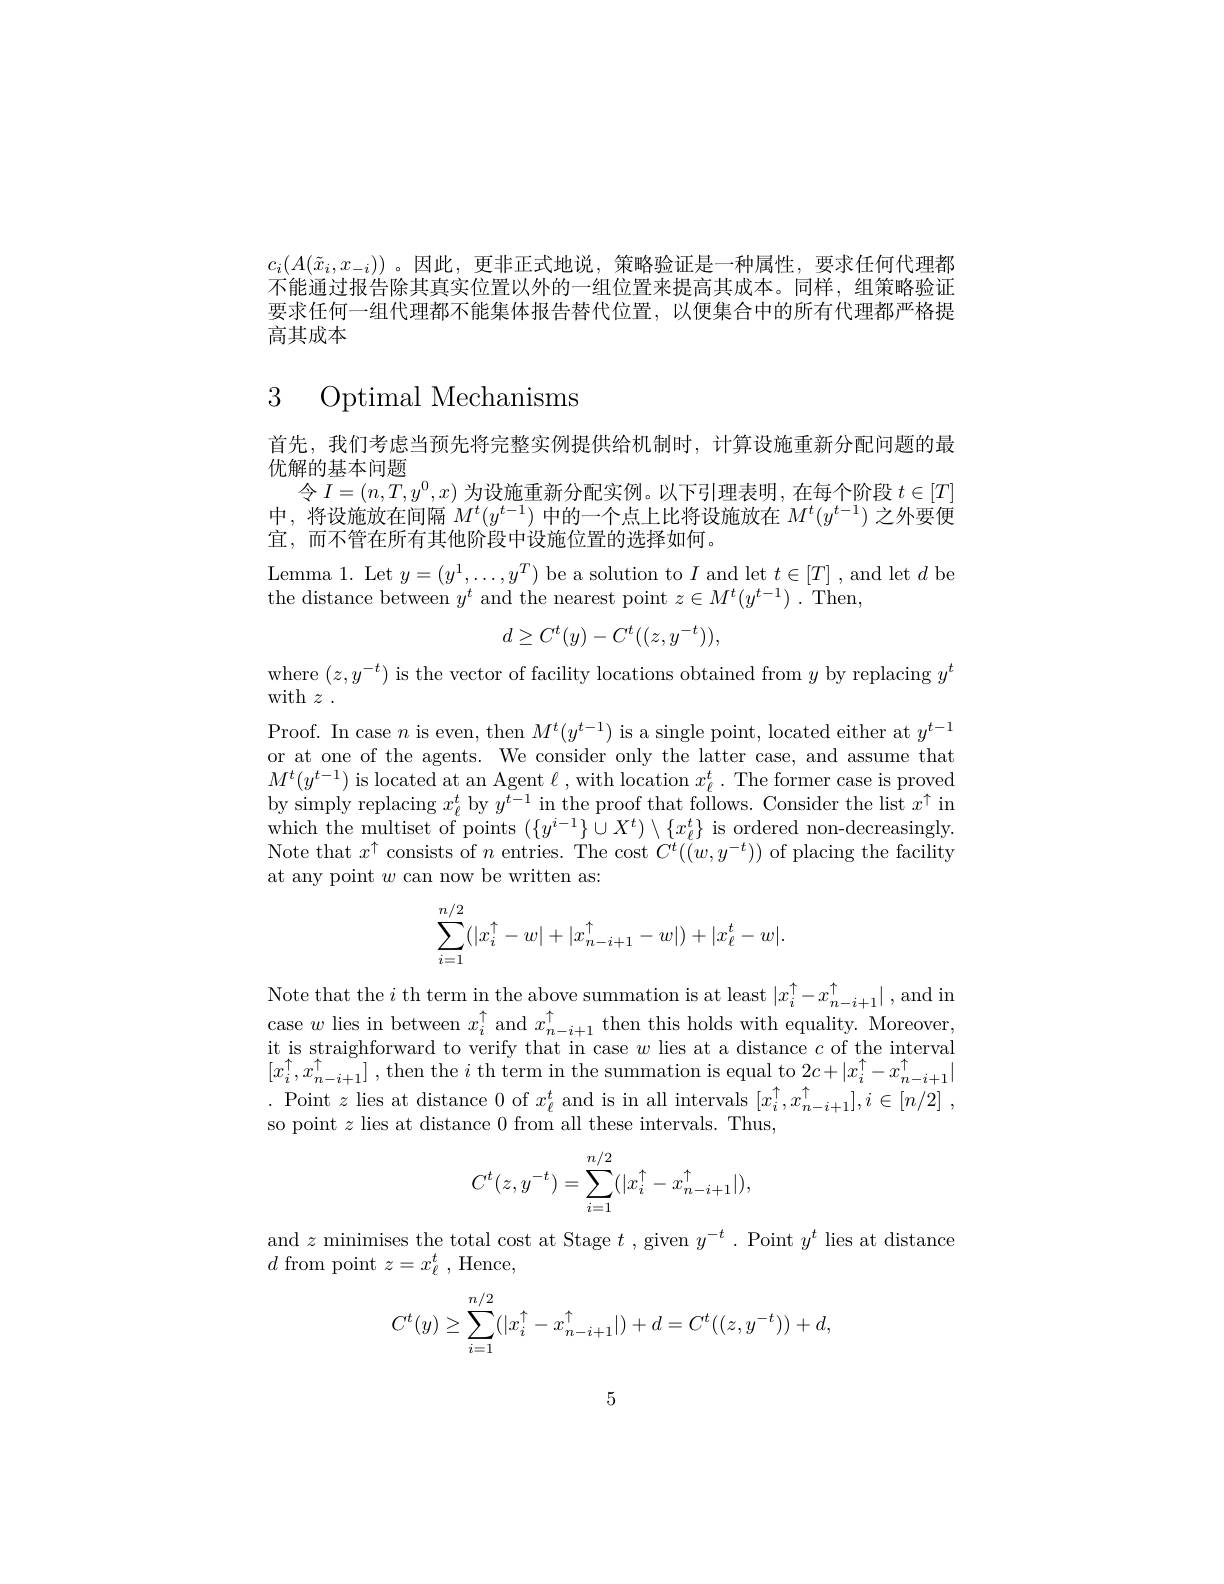
$c_i(A(\tilde{x}_i,x_{-i}))$ 。因此，更非正式地说，策略验证是一种属性，要求任何代理都不能通过报告除其真实位置以外的一组位置来提高其成本。同样，组策略验证要求任何一组代理都不能集体报告替代位置，以便集合中的所有代理都严格提高其成本

3 Optimal Mechanisms

首先，我们考虑当预先将完整实例提供给机制时，计算设施重新分配问题的最
优解的基本问题
令$I=(n,T,y^0,x)$为设施重新分配实例。以下引理表明，在每个阶段$t\in[T]$ 中，将设施放在间隔$M^t(y^{t-1})$中的一个点上比将设施放在$M^t(y^{t-1})$之外要便宜，而不管在所有其他阶段中设施位置的选择如何。
$\begin{array}{l}{\mathrm{Lemma~1.~Let~}y=(y^{1},\ldots,y^{T})~\mathrm{be~a~solution~to~}I~\mathrm{and~let~}t\in[T]~,~\mathrm{and~let~}d~\mathrm{be}\\{\mathrm{tho~distnoo~botwon~}}\end{array}}\\\begin{array}{l}{{\mathrm{tho~distno~botwon~}}}{{\mathrm{and~tho~norot~point~}}}\\{{\mathrm{c}}}\end{array}$
${\text{he distance between }y^{t}}$ and the nearest point $z\in M^{t}( y^{t- 1})$ .Then
$$d\geq C^t(y)-C^t((z,y^{-t})),$$
where $(z,y^{-t})$ is the vector of facility locations obtained from $y$ by replacing $y^t$
with $z$ .
Proof. In case $n$ is even, then $M^t(y^{t-1})$ is a single point, located either at $y^t-1$ or at one of the agents. We consider only the latter case, and assume that $M^{t}(y^{t-1})$ is located at an Agent $\ell$,with location $x_\ell^{t}.$ The former case is proved by simply replacing $x_\ell^t$ by $y^t-1$ in the proof that follows. Consider the list $x^\uparrow$ in which the multiset of points $(\{y^{i-1}\}\cup X^{t})\setminus\{x_{\ell}^{t}\}$ is ordered non-decreasingly. Note that $x^{\uparrow}$ consists of $n$ entries. The cost $C^t((w,y^{-t}))$ of placing the facility at any point $w$ can now be written as:
$$\sum_{i=1}^{n/2}(|x_i^\uparrow-w|+|x_{n-i+1}^\uparrow-w|)+|x_\ell^t-w|.$$
Note that the $i$ th term in the above summation is at least $|x_i^\uparrow-x_{n-i+1}^\uparrow|$,and in case $w$ lies in between $x_i^\uparrow$ and $x_{n-i+1}^\uparrow$ then this holds with equality. Moreover, it is straighforward to verify that in case $w$ lies at a distance $c$ of the interval $[ x_{i}^{\uparrow }, x_{n- i+ 1}^{\uparrow }]$ ,then the $i$ th term in the summation is equal to $2c+ | x_{i}^{\uparrow }- x_{n- i+ 1}^{\uparrow }|$ .Point $z$ lies at distance 0 of $x_{\ell }^{t}$ and is in all intervals $[ x_{i}^{\uparrow }, x_{n- i+ 1}^{\uparrow }] , i\in [ n/ 2]$ , so point $z$ lies at distance 0 from all these intervals. Thus,
$$C^t(z,y^{-t})=\sum_{i=1}^{n/2}(|x_i^\uparrow-x_{n-i+1}^\uparrow|),$$
and $z$ minimises the total cost at Stage $t$ , given $y^-t$ . Point $y^t$ lies at distance
$d$ from point $z=x_\ell^t$,Hence,
$$C^t(y)\ge\sum_{i=1}^{n/2}(|x_i^\uparrow-x_{n-i+1}^\uparrow|)+d=C^t((z,y^{-t}))+d,$$
5